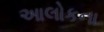
આલોકના